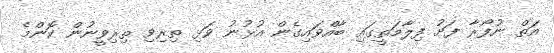
އަތް ނުފޯރާ ފަށު ފިލާމަތީގައި ބާއްވައިގެން އުޅުނު ވަޅި ތިރިވި ތިރިވީނުން ކޮންމެ